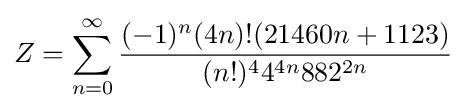
Z=\sum _{n=0}^{\infty }{\frac {(-1)^{n}(4n)!(21460n+1123)}{(n!)^{4}4^{4n}882^{2n}}}